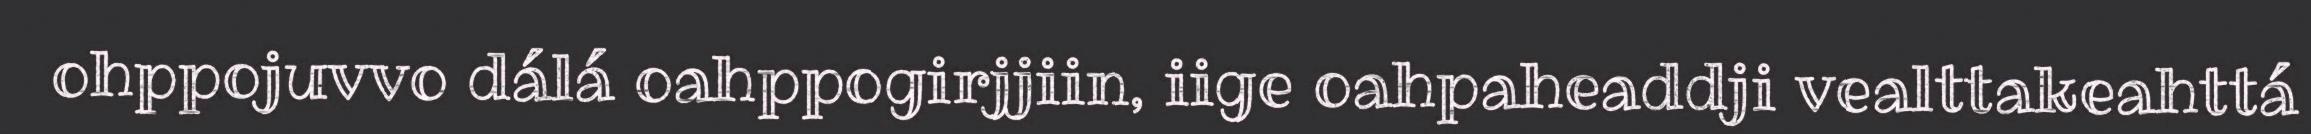
ohppojuvvo dálá oahppogirjjiin, iige oahpaheaddji vealttakeahttá